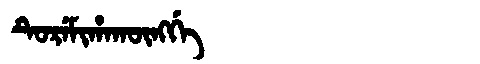
Manchu: ᡨᡠᡵᡝᠮᡳᡥᠠᡴᡡᠩᡤᡝ
Romanization: TUREMIHAKŪNGGE